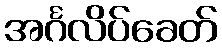
အင်္ဂလိပ်ခေတ်